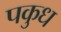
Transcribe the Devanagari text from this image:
पकुध